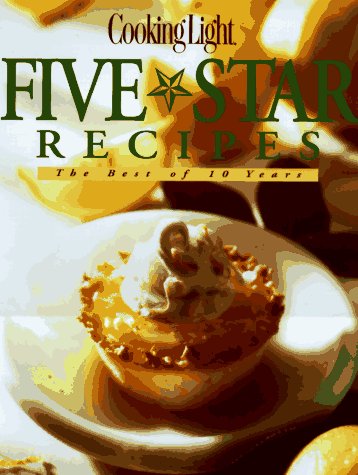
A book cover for Five Star Recipes: The Best of 10 Years; Cookbooks, Food & Wine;